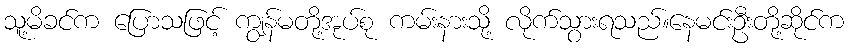
သူ့မိခင်က ပြောသဖြင့် ကျွန်မတို့အုပ်စု ကမ်းနားသို့ လိုက်သွားရသည်။နေမင်းဦးတို့ဆိုင်က